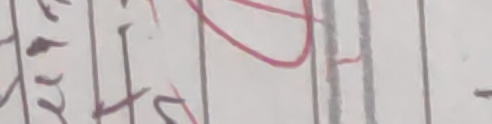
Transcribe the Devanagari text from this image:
हs